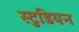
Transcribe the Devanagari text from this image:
स्टुडियन